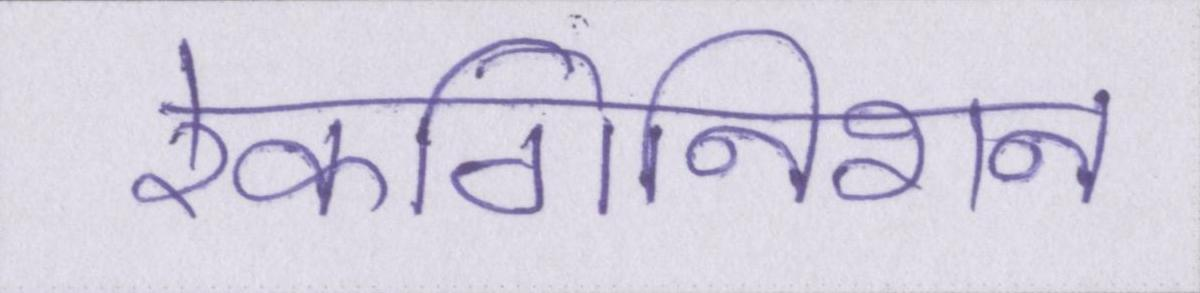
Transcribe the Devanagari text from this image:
रेकगिनिशन